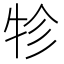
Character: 𤙁